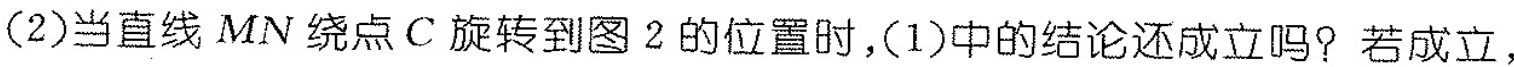
(2)当直线MN绕点C旋转到图2的位置时，(1)中的结论还成立吗?若成立，